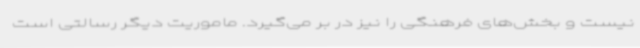
نیست و بخش‌های فرهنگی را نیز در بر می‌گیرد. ماموریت دیگر رسالتی است